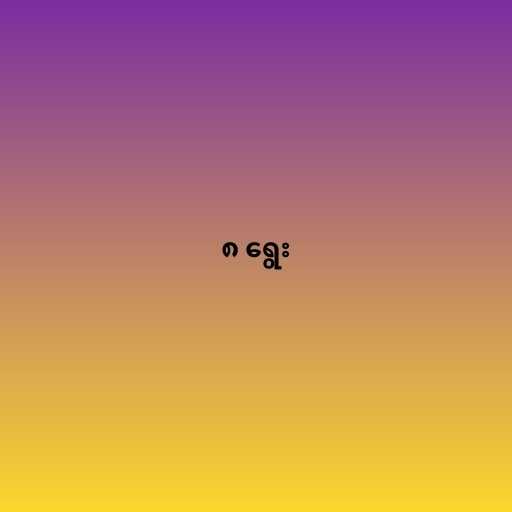
၈ ရွေး